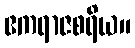
ဧကရာဇစရိယ။